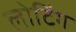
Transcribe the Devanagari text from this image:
लोटिंग